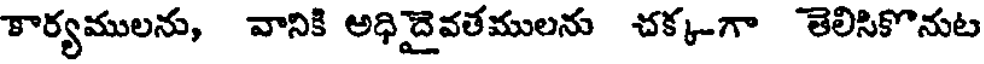
కార్యములను, వానికి అధిదైవతములను చక్క-గా తెలిసికొనుట